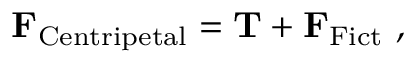
\mathbf { F } _ { \mathrm { C e n t r i p e t a l } } = \mathbf { T } + \mathbf { F } _ { \mathrm { F i c t } } \ ,